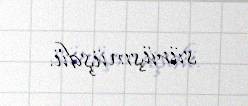
sürüşmüşdü.